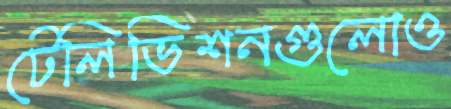
টেলিভিশনগুলোও